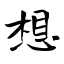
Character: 想